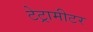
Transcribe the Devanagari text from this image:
टेट्रामीटर